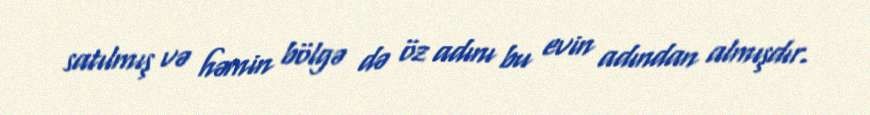
satılmış və həmin bölgə də öz adını bu evin adından almışdır.